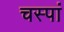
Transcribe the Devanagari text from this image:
चस्पां